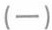
（一）